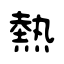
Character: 熱